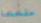
مفخخة